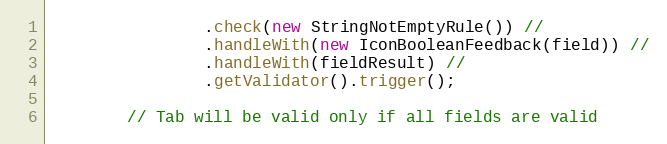
Language: Java
                .check(new StringNotEmptyRule()) //
                .handleWith(new IconBooleanFeedback(field)) //
                .handleWith(fieldResult) //
                .getValidator().trigger();

        // Tab will be valid only if all fields are valid